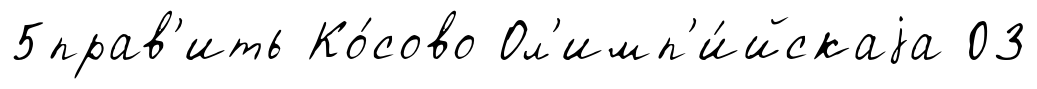
5прав'ить Ко́сово Ол'имп'и́йскаjа 03